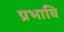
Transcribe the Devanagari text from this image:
प्रभावि